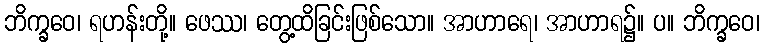
ဘိက္ခဝေ၊ ရဟန်းတို့။ ဖေဿ၊ တွေ့ထိခြင်းဖြစ်သော။ အာဟာရေ၊ အာဟာရ၌။ ပ။ ဘိက္ခဝေ၊